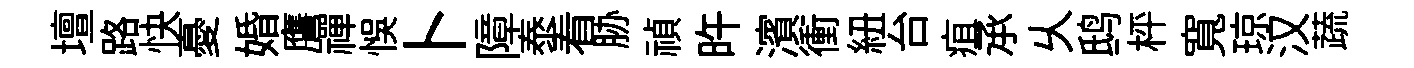
壇路快憂婚譍禪悞卜障泰看胁禎旿濱衝紐台疽𠄘乆鸱枰寬琼汉蔬